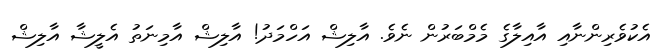
އެކުވެރިންނާއި އާއިލާގެ މެމްބަރުން ނެވެ. އާލިޝް އަހްމަދު! އާލިޝް އާމިނަތު އެލީޝާ އާލިޝް